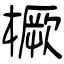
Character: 橛